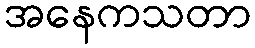
အနေကသတာ